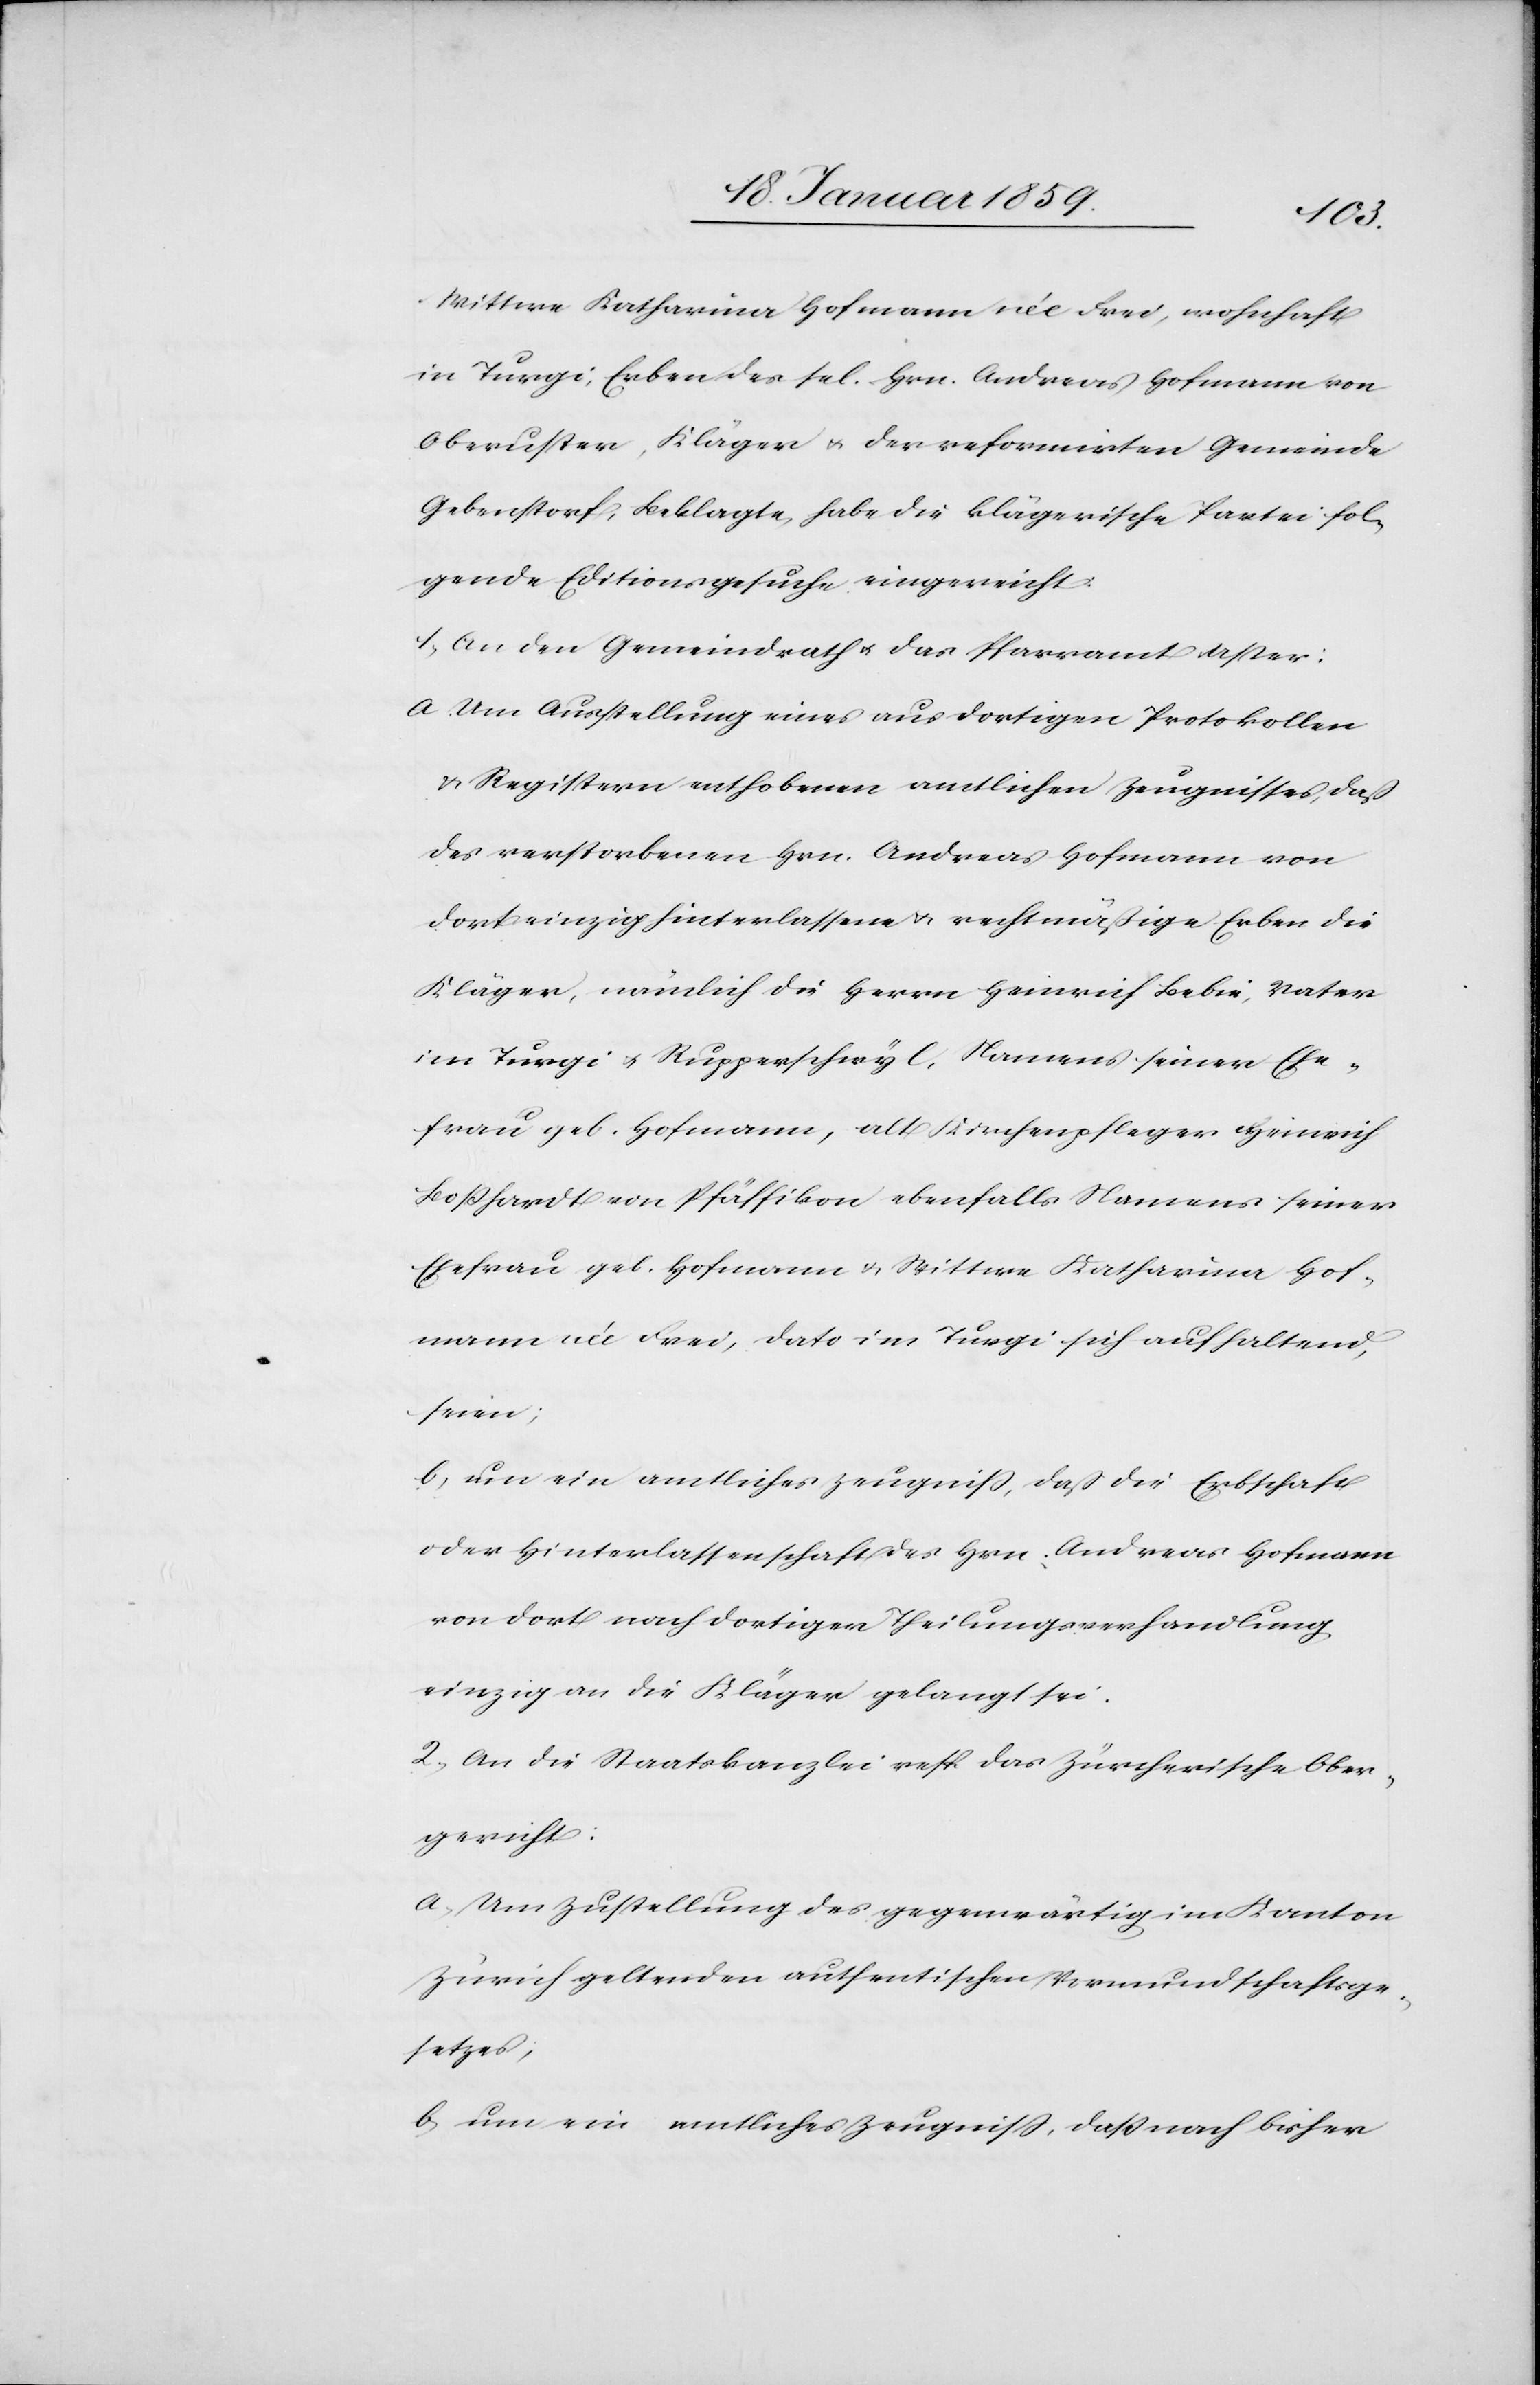
Wittwe Katharina Hofmann née Frei, wohnhaft
in Turgi, Erben des sel. Hrn. Andreas Hofmann von
Oberuster, Kläger u. der reformirten Gemeinde
Gebenstorf, Beklagte, habe die klägerische Partei fol¬
gende Editionsgesuche eingereicht:
1. An den Gemeinderath u. das Pfarramt Uster:
a. Um Anstellung eines aus dortigen Protokollen
u. Registern enthobenen amtlichen Zeugnisses, daß
des verstorbenen Hrn. Andreas Hofmann von
dort einzig hinterlassene u. rechtmäßige Erben die
Kläger, nämlich die Herrn Heinrich Bebie, Vater
im Turgi u. Rupperswyl, Namens seiner Ehe¬
frau geb. Hofmann, alt Kirchenpfleger Heinrich
Boßhardt von Pfäffikon ebenfalls Namens seiner
Ehefrau geb. Hofmann u. Wittwe Katharina Hof¬
mann née Frei, dato im Turgi sich aufhaltende,
seien;
b. um ein amtliches Zeugniß, daß die Erbschaft
oder Hinterlassenschaft des Hrn. Andreas Hofmann
von dort nach dortiger Theilungsverhandlung
einzig an die Kläger gelangt sei.
2. An die Staatskanzlei resp. das Zürcherische Ober¬
gericht:
a. Um Zustellung des gegenwärtig im Kanton
Zürich geltenden authentischen Vormundschaftsge¬
setzes;
b. um ein amtliches Zeugniß, daß nach bisher